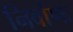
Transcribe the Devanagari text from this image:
निर्वाणः